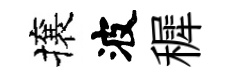
攘波穉